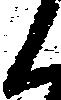
候